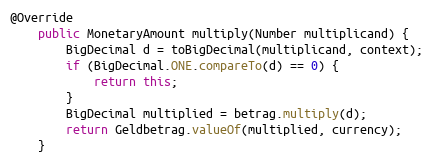
Language: Java
@Override
    public MonetaryAmount multiply(Number multiplicand) {
        BigDecimal d = toBigDecimal(multiplicand, context);
        if (BigDecimal.ONE.compareTo(d) == 0) {
            return this;
        }
        BigDecimal multiplied = betrag.multiply(d);
        return Geldbetrag.valueOf(multiplied, currency);
    }